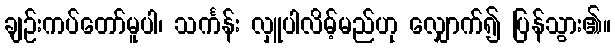
ချဉ်းကပ်တော်မူပါ၊ သင်္ကန်း လှူပါလိမ့်မည်ဟု လျှောက်၍ ပြန်သွား၏။